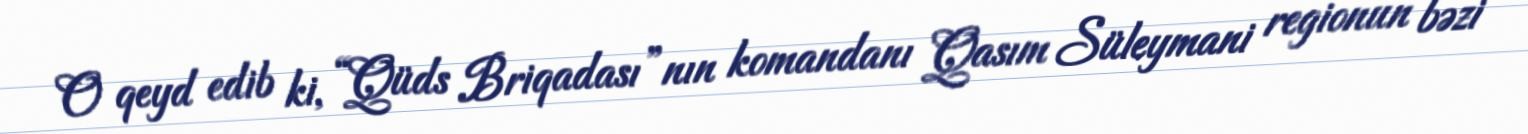
O qeyd edib ki, “Qüds Briqadası”nın komandanı Qasım Süleymani regionun bəzi